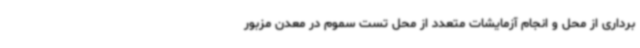
برداری از محل و انجام آزمایشات متعدد از محل تست سموم در معدن مزبور